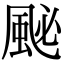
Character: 䫾